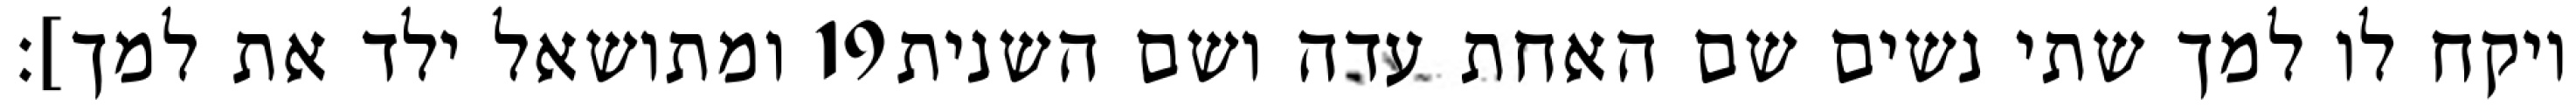
ומתושאל ילד את למך]׃ ‎19‏ ויקח לו למך שתי נשים שם האחת עדה ושם השנית